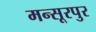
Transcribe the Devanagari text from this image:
मन्सूरपुर